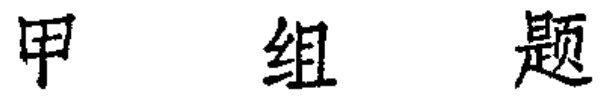
甲组题